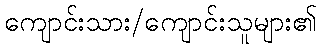
ကျောင်းသား/ကျောင်းသူများ၏